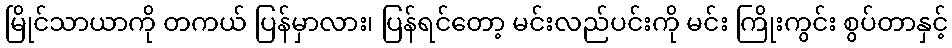
မြိုင်သာယာကို တကယ် ပြန်မှာလား၊ ပြန်ရင်တော့ မင်းလည်ပင်းကို မင်း ကြိုးကွင်း စွပ်တာနှင့်